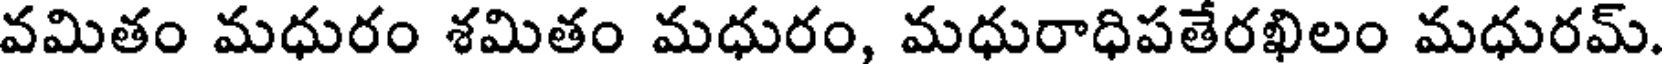
వమితం మధురం శమితం మధురం, మధురాధిపతేరఖిలం మధురమ్.